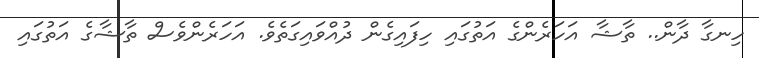
ހިނގާ ދާން.. ތާޝާ އަހަރެންގެ އަތުގައި ހިފައިގެން ދުއްވައިގަތެވެ. އަހަރެންވެސް ތާޝާގެ އަތުގައި